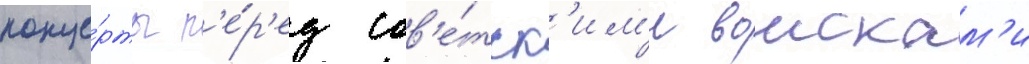
конце́рты п'е́р'ед сов'е́тск'им'и воискам'и